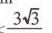
\(- 3\sqrt{3}\)